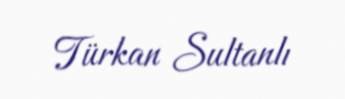
Türkan Sultanlı